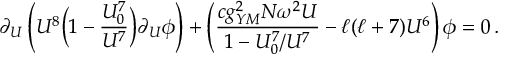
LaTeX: \partial _ { U } \left( U ^ { 8 } \Big ( 1 - { \frac { U _ { 0 } ^ { 7 } } { U ^ { 7 } } } \Big ) \partial _ { U } \phi \right) + \left( { \frac { c g _ { Y M } ^ { 2 } N \omega ^ { 2 } U } { 1 - U _ { 0 } ^ { 7 } / U ^ { 7 } } } - \ell ( \ell + 7 ) U ^ { 6 } \right) \phi = 0 \, .